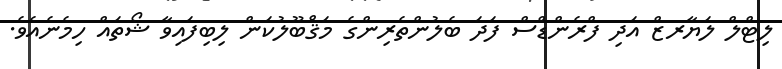
ލިޓްލް ލަޔާރޒް އަދި ފްރެންޑްސް ފަދަ ބެލުންތެރިންގެ މަޤްބޫލުކަން ލިބިފައިވާ ޝޯތައް ހިމެނެއެވެ.